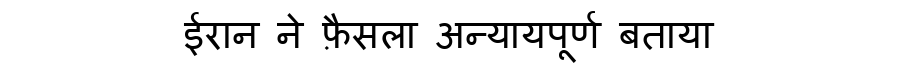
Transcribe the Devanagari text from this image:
ईरान ने फ़ैसला अन्यायपूर्ण बताया